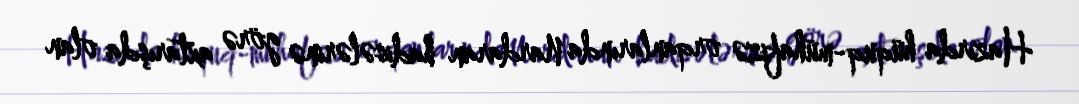
Hazırda hüquq-mühafizə orqanlarında Nardaran hadisələrinə görə axtarışda olan